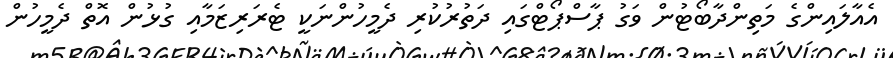
އެއާލައިންގެ މަތިންދާބޯޓުން ވަގު ޕާސްޕޯޓްގައި ދަތުރުކުރި ދެމީހުންނަކީ ޓެރަރިޒަމާއި ގުޅުން އޮތް ދެމީހުން